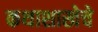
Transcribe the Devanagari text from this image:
कथाशाखेचे